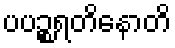
ပပဉ္စရတိနောတိ